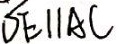
D E / / A C